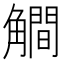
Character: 𰴦